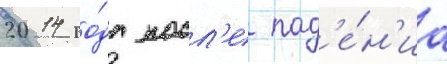
2014 го́да посл'е пад'е́н'иа